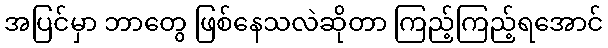
အပြင်မှာ ဘာတွေ ဖြစ်နေသလဲဆိုတာ ကြည့်ကြည့်ရအောင်